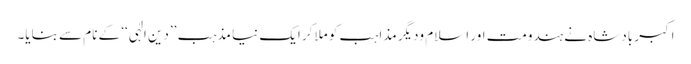
اکبر بادشاہ نے ہندومت اور اسلام ودیگر مذاہب کو ملاکر ایک نیا مذہب ’’دین الٰہی‘‘ کے نام سے بنایا۔